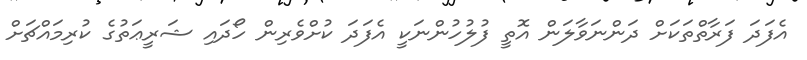
އެފަދަ ފަރާތްތަކަށް ދަންނަވާލަން އޮތީ ފުލުހުންނަކީ އެފަދަ ކުށްވެރިން ހޯދައި ޝަރީޢަތުގެ ކުރިމައްޗަށް